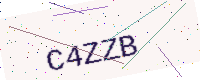
Text: C4ZZB